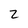
Character: 2